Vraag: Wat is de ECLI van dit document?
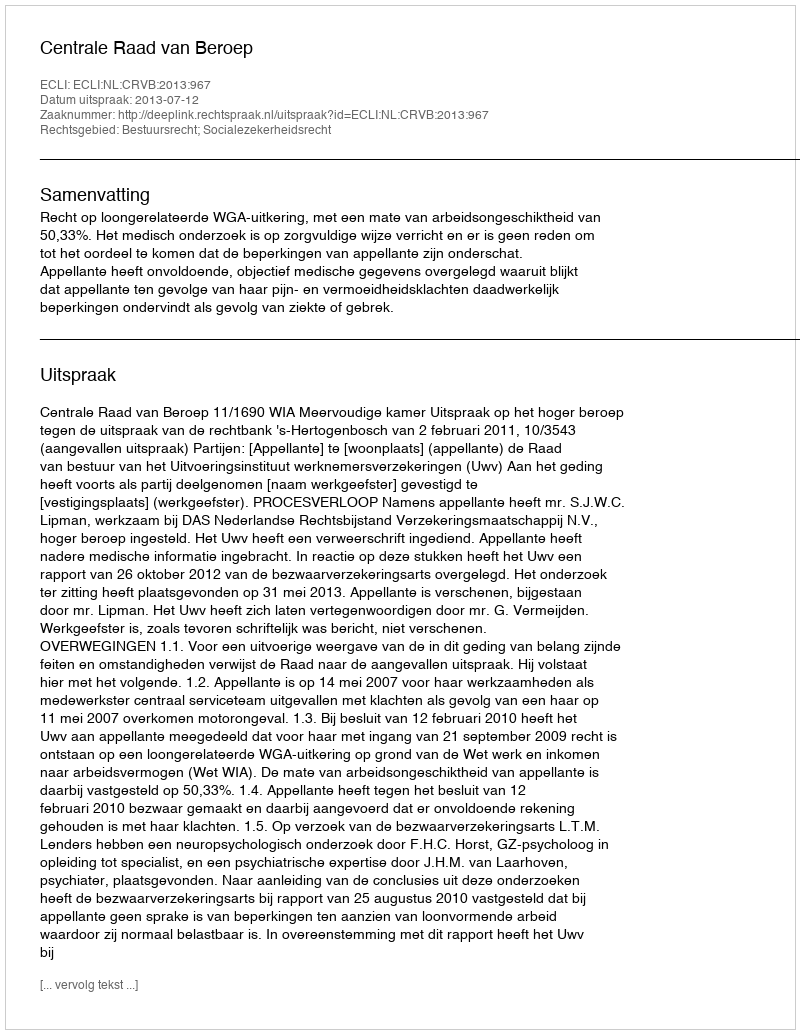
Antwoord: ECLI:NL:CRVB:2013:967